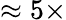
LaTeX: \approx 5\times